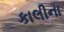
કાલીના